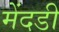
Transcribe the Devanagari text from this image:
मेंदडी